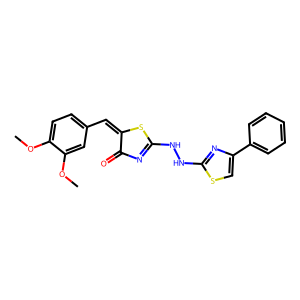
SMILES: COc1ccc(C=C2SC(NNc3nc(-c4ccccc4)cs3)=NC2=O)cc1OC
Inhibits HIV replication: No